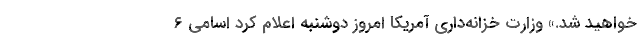
خواهید شد.» وزارت خزانه‌داری آمریکا امروز دوشنبه اعلام کرد اسامی ۶